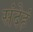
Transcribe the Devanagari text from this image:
संदेहं